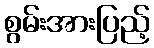
စွမ်းအားပြည့်